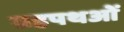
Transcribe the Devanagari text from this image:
ग्रहपथओं